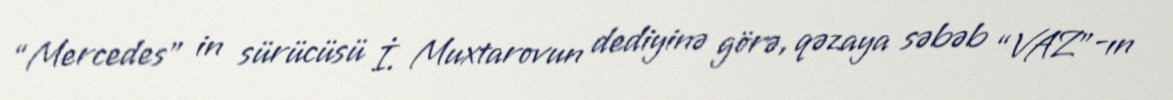
“Mercedes” in sürücüsü İ. Muxtarovun dediyinə görə, qəzaya səbəb “VAZ”-ın